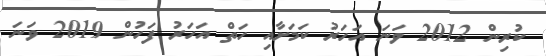
ކުރިން 2012 ވަނަ އަހަރު ކަމަށާއި ހަތް އަހަރު ފަހުން 2019 ވަނަ